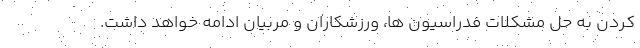
کردن به حل مشکلات فدراسیون ها، ورزشکاران و مربیان ادامه خواهد داشت.